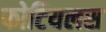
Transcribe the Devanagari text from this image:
फोटियलस